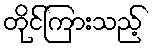
တိုင်ကြားသည့်